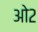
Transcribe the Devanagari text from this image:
ओ२